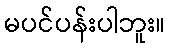
မပင်ပန်းပါဘူး။